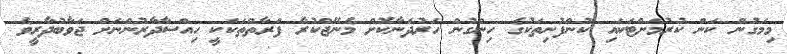
މިމަގުން ކަން ކުރުމަށްޓަކައި ކުންފުނިތަކުގެ ހިންގުން ހަރުދަނާކޮށް މެނޭޖްކުރާ ފަރާތްތަކަކީ ހިއްސާދާރުންނަށް ޖަވާބުދާރީވެ